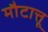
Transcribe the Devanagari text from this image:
मौटात्तू